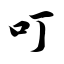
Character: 叮